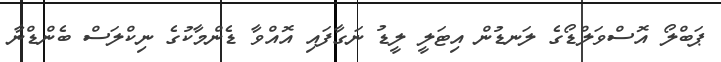
ޕަބްލޯ އޮސްވަލްޑޯގެ ލަނޑުން އިޓަލީ ލީޑު ނަގާފައި އޮއްވާ ޑެންމާކުގެ ނިކްލަސް ބެންޑްނާ